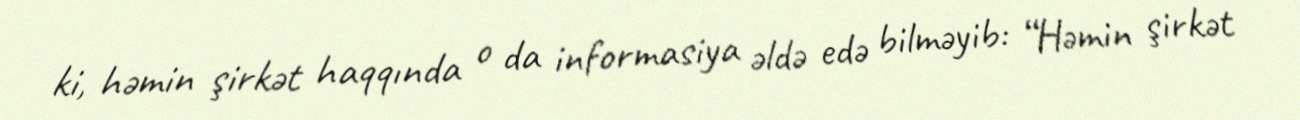
ki, həmin şirkət haqqında o da informasiya əldə edə bilməyib: “Həmin şirkət